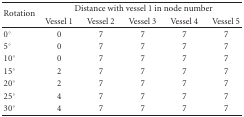
| <ROWSPAN=2> Rotation | <COLSPAN=5> Distance with vessel 1 in node number |
 | Vessel 1 | Vessel 2 | Vessel 3 | Vessel 4 | Vessel 5 |
 | --- | --- | --- | --- | --- | --- |
 | 0° | 0 | 7 | 7 | 7 | 7 |
 | 5° | 0 | 7 | 7 | 7 | 7 |
 | 10° | 0 | 7 | 7 | 7 | 7 |
 | 15° | 2 | 7 | 7 | 7 | 7 |
 | 20° | 2 | 7 | 7 | 7 | 7 |
 | 25° | 4 | 7 | 7 | 7 | 7 |
 | 30° | 4 | 7 | 7 | 7 | 7 |